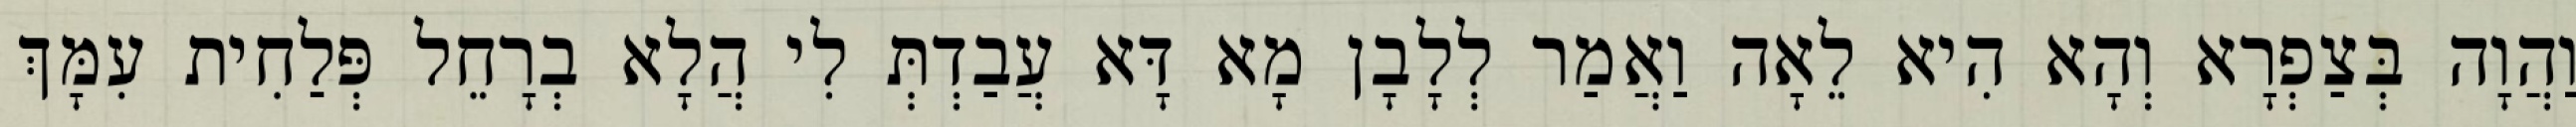
וַהֲוָה בְּצַפְרָא וְהָא הִיא לֵאָה וַאֲמַר לְלָבָן מָא דָּא עֲבַדְתְּ לִי הֲלָא בְרָחֵל פְּלַחִית עִמָּךְ